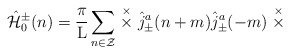
\begin{align*}\hat{\cal H}_{0}^{\pm}(n) = \frac{\pi}{\rm L}\sum_{n \in \cal Z} \stackrel{\times}{\times}\hat{j}_{\pm}^a(n+m) \hat{j}_{\pm}^a(-m)\stackrel{\times}{\times}\end{align*}